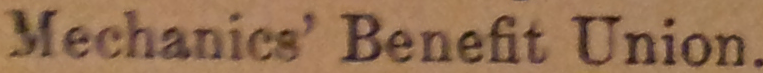
Mechanics' Benefit Union.